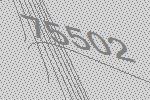
75502